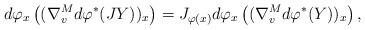
LaTeX: \begin{align*}d\varphi _x\left( (\nabla ^M_vd\varphi ^*(JY))_x\right) =J_{\varphi (x)}d\varphi _x\left( (\nabla ^M_vd\varphi ^*(Y))_x\right) ,\end{align*}